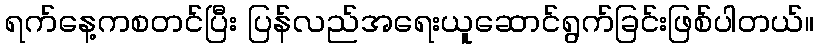
ရက်နေ့ကစတင်ပြီး ပြန်လည်အရေးယူဆောင်ရွက်ခြင်းဖြစ်ပါတယ်။